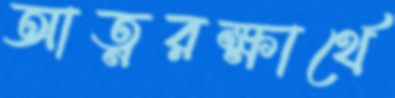
আত্নরক্ষার্থে